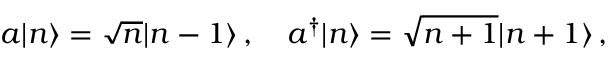
a | n \rangle = \sqrt { n } | n - 1 \rangle \, , \quad a ^ { \dag } | n \rangle = \sqrt { n + 1 } | n + 1 \rangle \, ,